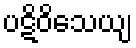
ပဋိဝိသေယျ